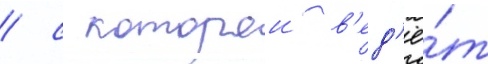
/ с которои в'ед'ё́т